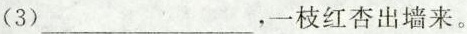
(3)___，一枝红杏出墙来。